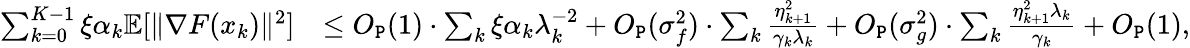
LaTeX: \begin{array}{rl}{\sum_{k=0}^{K-1}\xi\alpha_{k}\mathbb{E}[\| \nabla F(x_{k})\| ^{2}]}&{\le O_{\texttt{P}}(1)\cdot\sum_{k}\xi\alpha_{k}\lambda_{k}^{-2}+O_{\texttt{P}}(\sigma_{f}^{2})\cdot\sum_{k}\frac{\eta_{k+1}^{2}}{\gamma_{k}\lambda_{k}}+O_{\texttt{P}}(\sigma_{g}^{2})\cdot\sum_{k}\frac{\eta_{k+1}^{2}\lambda_{k}}{\gamma_{k}}+O_{\texttt{P}}(1),}\end{array}